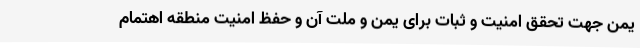
یمن جهت تحقق امنیت و ثبات برای یمن و ملت آن و حفظ امنیت منطقه اهتمام